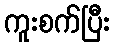
ကူးစက်ပြီး